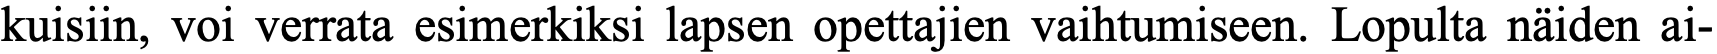
kuisiin, voi verrata esimerkiksi lapsen opettajien vaihtumiseen. Lopulta näiden ai-